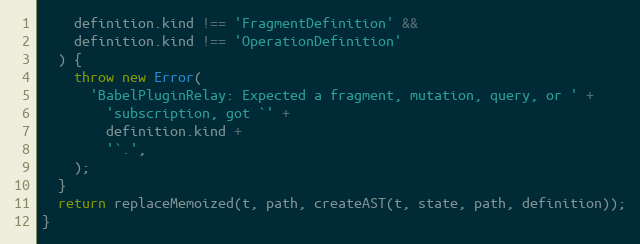
Language: JavaScript
    definition.kind !== 'FragmentDefinition' &&
    definition.kind !== 'OperationDefinition'
  ) {
    throw new Error(
      'BabelPluginRelay: Expected a fragment, mutation, query, or ' +
        'subscription, got `' +
        definition.kind +
        '`.',
    );
  }
  return replaceMemoized(t, path, createAST(t, state, path, definition));
}